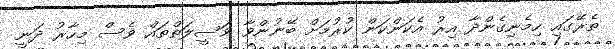
ތެރޭގައި ހިމެނިގެންދާ އިރު އެކަންކަން ކުރުމަށް ބޭނުންވާ ވަސީލަތްތައް ވެސް މިހާރު ދަނީ